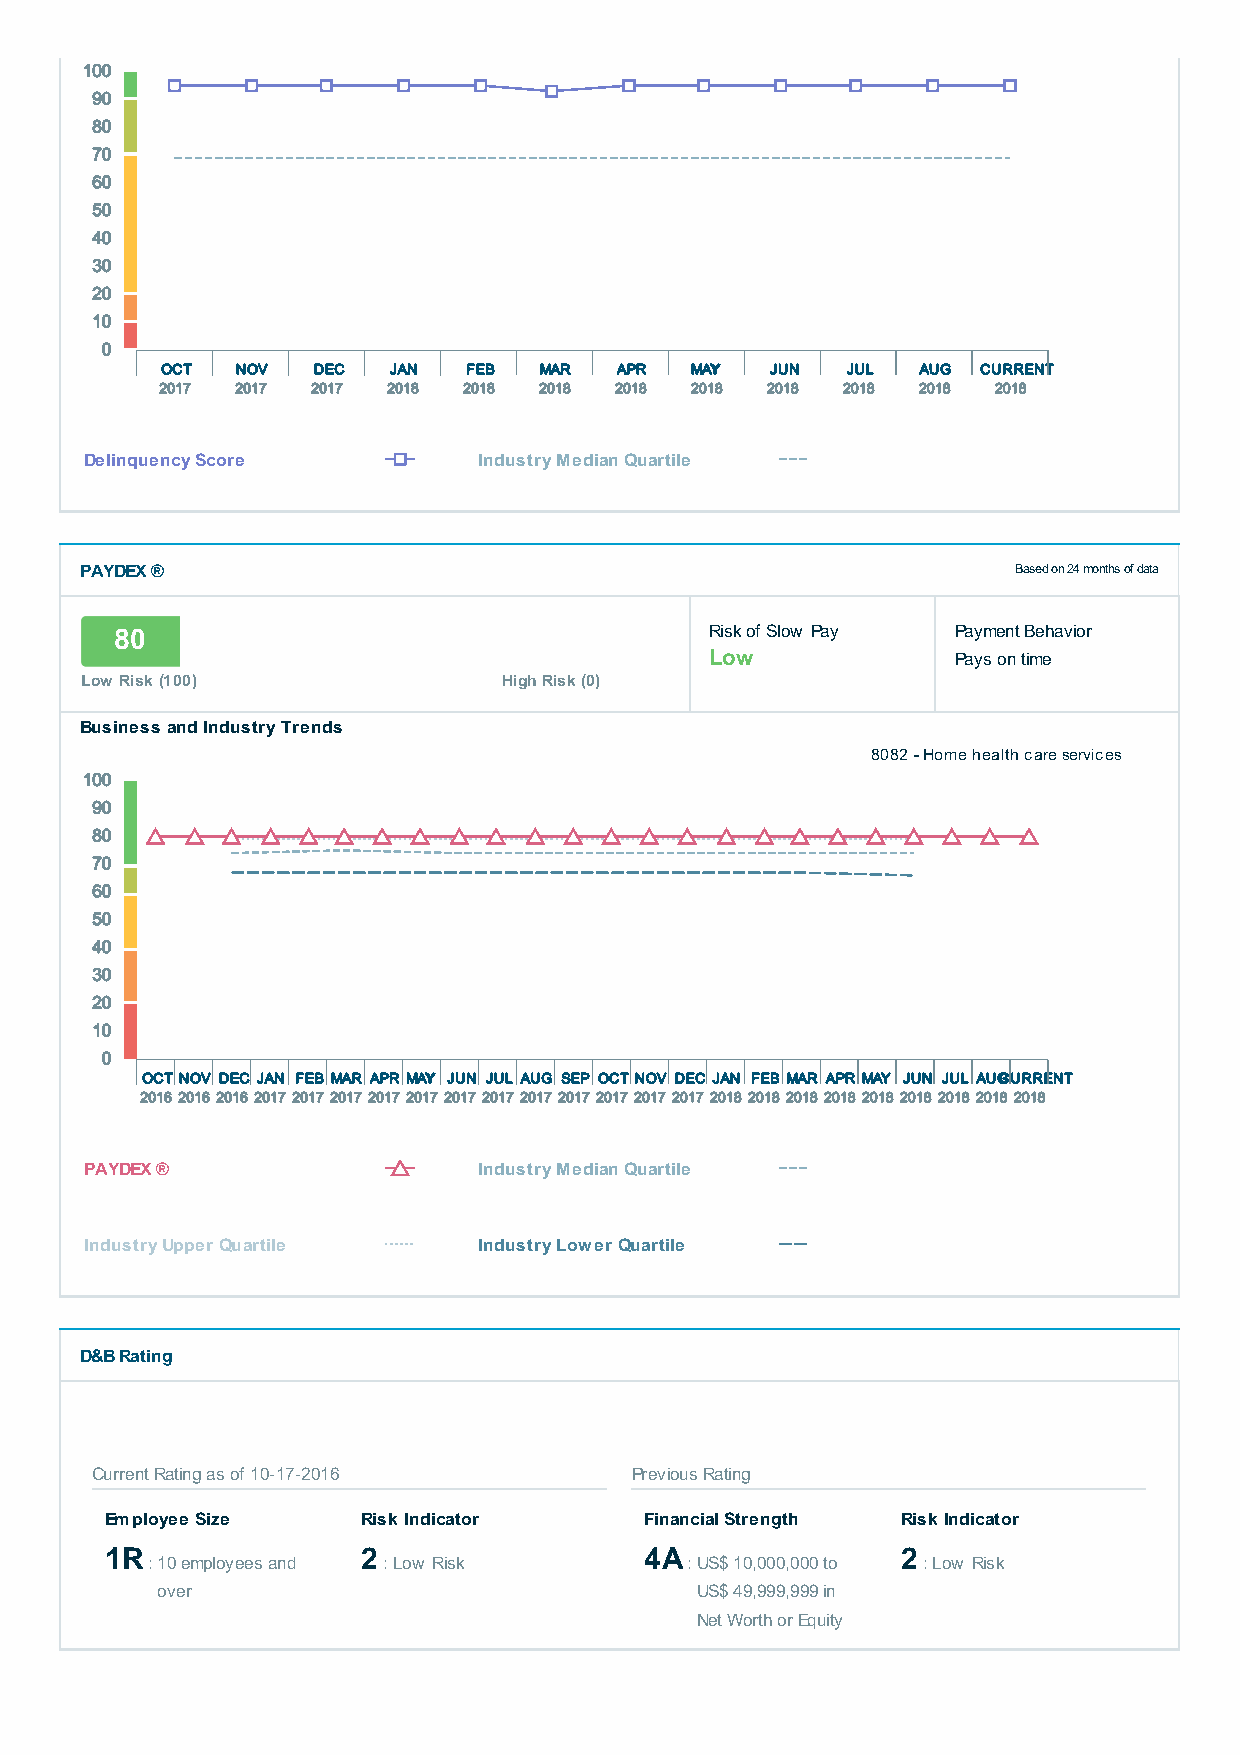
100
 90
 80
 70
 60
 50
 40
 30
 20
 10
 0
 OCT  NOV  DEC  JAN  FEB  MAR  APR  MAY  JUN  JUL  AUG CURRENT
 2017 2017 2017 2018 2018 2018 2018 2018 2018 2018 2018 2018
 Delinquency Score         Industry Median Quartile
 PAYDEX ®                                                      Based on 24 months of data
 80                                     Risk of Slow Pay Payment Behavior
 Low             Pays on time
 Low Risk (100)              High Risk (0)
 Business and Industry Trends
 8082 - Home health care services
 100
 90
 80
 70
 60
 50
 40
 30
 20
 10
 0
 OCTNOV DEC JAN FEB MAR APR MAY JUN JUL AUG SEP OCTNOV DEC JAN FEB MAR APR MAY JUN JUL AUGCURRENT
 2016 2016 2016 2017 2017 2017 2017 2017 2017 2017 2017 2017 2017 2017 2017 2018 2018 2018 2018 2018 2018 2018 2018 2018
 PAYDEX ®                  Industry Median Quartile
 Industry Upper Quartile   Industry Lower Quartile
 D&B Rating
 Current Rating as of 10-17-2016     Previous Rating
 Employee Size    Risk Indicator     Financial Strength Risk Indicator
 1R               2                  4A               2
 : 10 employees and : Low Risk      : US$ 10,000,000 to : Low Risk
 over                                US$ 49,999,999 in
 Net Worth or Equity